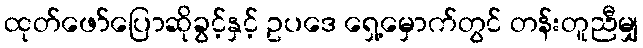
ထုတ်ဖော်ပြောဆိုခွင့်နှင့် ဥပဒေ ရှေ့မှောက်တွင် တန်းတူညီမျှ